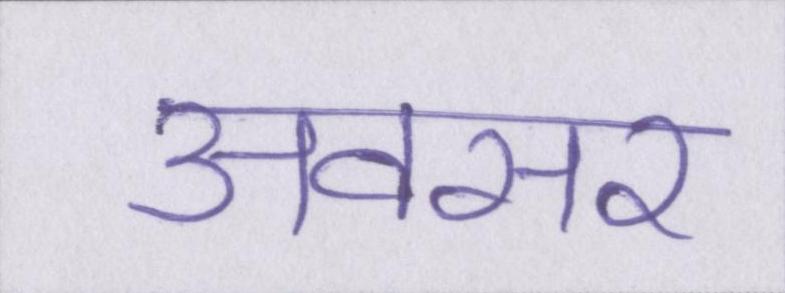
अवसर